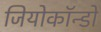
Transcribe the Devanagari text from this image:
जियोकॉन्डो